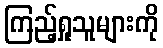
ကြည့်ရှုသူများကို